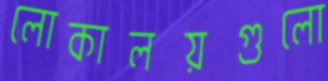
লোকালয়গুলো